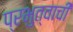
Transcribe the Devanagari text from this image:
प्रभुत्वाची